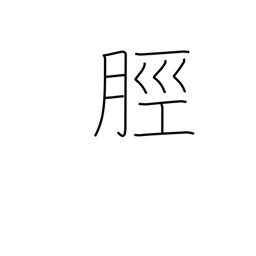
Meaning: leg